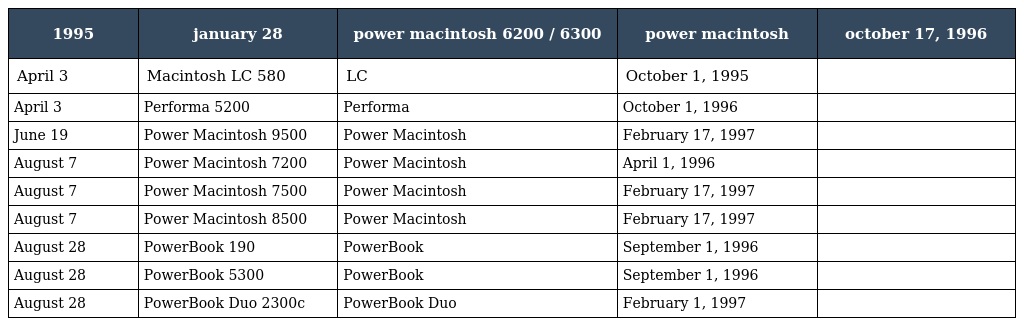
| 1995 | january 28 | power macintosh 6200 / 6300 | power macintosh | october 17, 1996 |
 | --- | --- | --- | --- | --- |
 | April 3 | Macintosh LC 580 | LC | October 1, 1995 |  |
 | April 3 | Performa 5200 | Performa | October 1, 1996 |  |
 | June 19 | Power Macintosh 9500 | Power Macintosh | February 17, 1997 |  |
 | August 7 | Power Macintosh 7200 | Power Macintosh | April 1, 1996 |  |
 | August 7 | Power Macintosh 7500 | Power Macintosh | February 17, 1997 |  |
 | August 7 | Power Macintosh 8500 | Power Macintosh | February 17, 1997 |  |
 | August 28 | PowerBook 190 | PowerBook | September 1, 1996 |  |
 | August 28 | PowerBook 5300 | PowerBook | September 1, 1996 |  |
 | August 28 | PowerBook Duo 2300c | PowerBook Duo | February 1, 1997 |  |